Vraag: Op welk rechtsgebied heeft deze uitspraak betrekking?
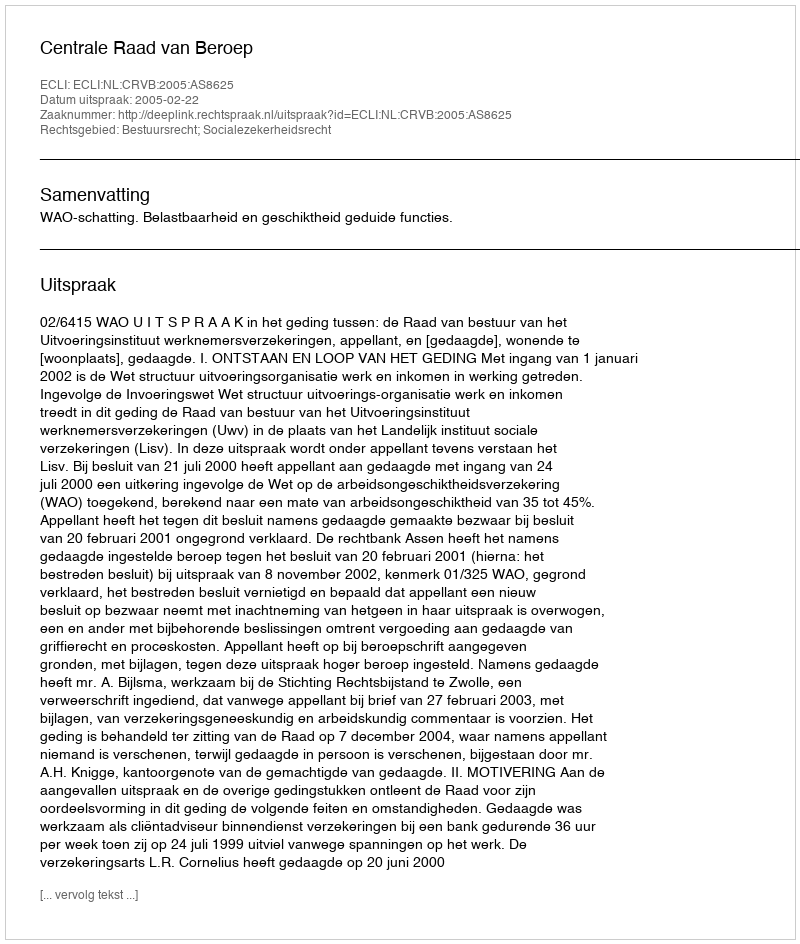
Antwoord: Bestuursrecht; Socialezekerheidsrecht